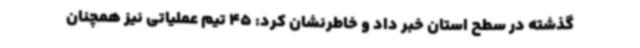
گذشته در سطح استان خبر داد و خاطرنشان کرد: 45 تیم عملیاتی نیز همچنان